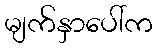
မျက်နှာပေါ်က